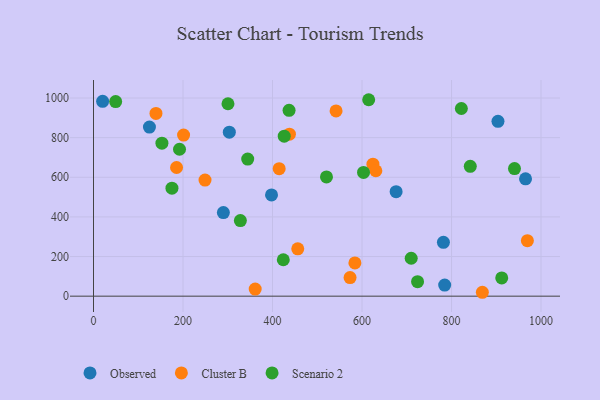
{"axis": {"x": "Distance", "y": "Demand"}, "legend": ["Cluster B", "Observed", "Scenario 2"], "data": [{"x": "20.4", "y": 983.2, "type": "Observed"}, {"x": "784.7", "y": 55.9, "type": "Observed"}, {"x": "290.2", "y": 422.0, "type": "Observed"}, {"x": "125.0", "y": 853.1, "type": "Observed"}, {"x": "676.2", "y": 527.2, "type": "Observed"}, {"x": "397.8", "y": 511.0, "type": "Observed"}, {"x": "303.5", "y": 827.7, "type": "Observed"}, {"x": "965.4", "y": 592.1, "type": "Observed"}, {"x": "903.8", "y": 882.3, "type": "Observed"}, {"x": "781.9", "y": 271.9, "type": "Observed"}, {"x": "542.0", "y": 934.9, "type": "Cluster B"}, {"x": "361.3", "y": 35.9, "type": "Cluster B"}, {"x": "414.9", "y": 643.3, "type": "Cluster B"}, {"x": "437.8", "y": 817.6, "type": "Cluster B"}, {"x": "201.3", "y": 812.7, "type": "Cluster B"}, {"x": "573.3", "y": 93.8, "type": "Cluster B"}, {"x": "249.2", "y": 585.7, "type": "Cluster B"}, {"x": "624.4", "y": 665.9, "type": "Cluster B"}, {"x": "630.9", "y": 632.8, "type": "Cluster B"}, {"x": "139.6", "y": 922.1, "type": "Cluster B"}, {"x": "969.5", "y": 280.0, "type": "Cluster B"}, {"x": "456.4", "y": 238.7, "type": "Cluster B"}, {"x": "185.6", "y": 649.3, "type": "Cluster B"}, {"x": "584.1", "y": 167.6, "type": "Cluster B"}, {"x": "868.9", "y": 19.6, "type": "Cluster B"}, {"x": "614.9", "y": 991.3, "type": "Scenario 2"}, {"x": "520.6", "y": 601.5, "type": "Scenario 2"}, {"x": "822.0", "y": 947.1, "type": "Scenario 2"}, {"x": "300.5", "y": 970.9, "type": "Scenario 2"}, {"x": "192.2", "y": 741.3, "type": "Scenario 2"}, {"x": "175.3", "y": 544.8, "type": "Scenario 2"}, {"x": "426.2", "y": 807.3, "type": "Scenario 2"}, {"x": "603.4", "y": 624.3, "type": "Scenario 2"}, {"x": "424.1", "y": 183.7, "type": "Scenario 2"}, {"x": "49.5", "y": 982.2, "type": "Scenario 2"}, {"x": "152.9", "y": 771.8, "type": "Scenario 2"}, {"x": "709.9", "y": 191.2, "type": "Scenario 2"}, {"x": "912.2", "y": 92.1, "type": "Scenario 2"}, {"x": "724.1", "y": 73.1, "type": "Scenario 2"}, {"x": "841.9", "y": 655.4, "type": "Scenario 2"}, {"x": "940.7", "y": 643.7, "type": "Scenario 2"}, {"x": "437.0", "y": 937.7, "type": "Scenario 2"}, {"x": "344.6", "y": 691.9, "type": "Scenario 2"}, {"x": "328.2", "y": 381.6, "type": "Scenario 2"}]}